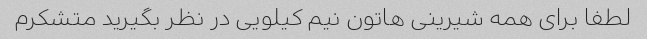
لطفا برای همه شیرینی هاتون نیم کیلویی در نظر بگیرید متشکرم